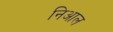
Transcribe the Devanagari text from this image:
निआल